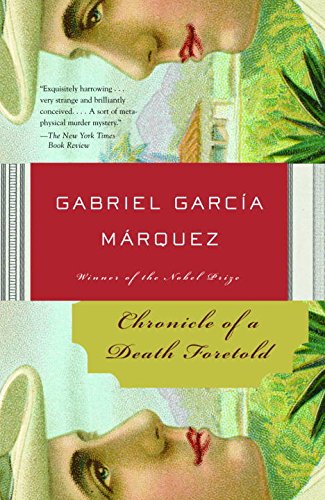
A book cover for Chronicle of a Death Foretold; Gabriel GarcÃ­a MÃ¡rquez; Literature & Fiction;